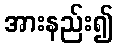
အားနည်း၍